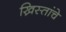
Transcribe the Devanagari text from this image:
ख्रिस्तांचे